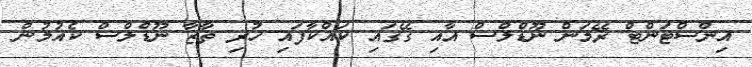
އިންސްޓަންޓް ރޭމަން ނޫޑްލްސް އާއި ގޭގައި ކައްކާފައި ހުރި ތާޒާ ނޫޑްލްސް ކެއުމުން